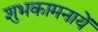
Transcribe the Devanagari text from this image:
शुभकामनायें